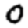
Digit: 0